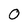
Character: O